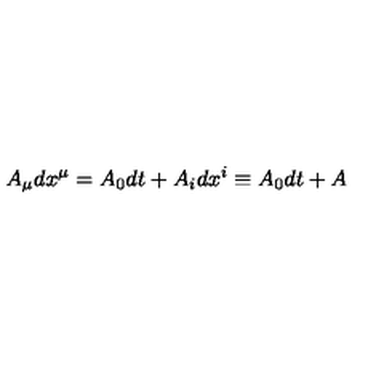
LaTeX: A _ { \mu } d x ^ { \mu } = A _ { 0 } d t + A _ { i } d x ^ { i } \equiv A _ { 0 } d t + A